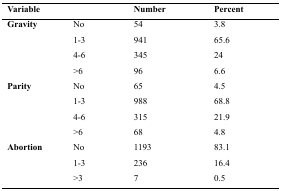
<table><thead><tr><td colspan="2"><b>Variable</b></td><td><b>Number</b></td><td><b>Percent</b></td></tr></thead><tbody><tr><td rowspan="4"><b>Gravity</b></td><td>No</td><td>54</td><td>3.8</td></tr><tr><td>1-3</td><td>941</td><td>65.6</td></tr><tr><td>4-6</td><td>345</td><td>24</td></tr><tr><td>&gt;6</td><td>96</td><td>6.6</td></tr><tr><td rowspan="4"><b>Parity</b></td><td>No</td><td>65</td><td>4.5</td></tr><tr><td>1-3</td><td>988</td><td>68.8</td></tr><tr><td>4-6</td><td>315</td><td>21.9</td></tr><tr><td>&gt;6</td><td>68</td><td>4.8</td></tr><tr><td rowspan="3"><b>Abortion</b></td><td>No</td><td>1193</td><td>83.1</td></tr><tr><td>1-3</td><td>236</td><td>16.4</td></tr><tr><td>&gt;3</td><td>7</td><td>0.5</td></tr></tbody></table>